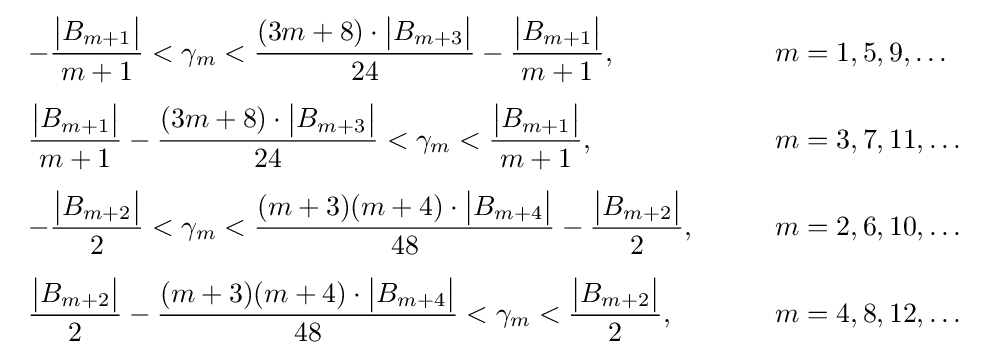
{\begin{array}{ll}\displaystyle -{\frac {{\big |}{B}_{m+1}{\big |}}{m+1}}<\gamma _{m}<{\frac {(3m+8)\cdot {\big |}{B}_{m+3}{\big |}}{24}}-{\frac {{\big |}{B}_{m+1}{\big |}}{m+1}},&m=1,5,9,\ldots \\[12pt]\displaystyle {\frac {{\big |}B_{m+1}{\big |}}{m+1}}-{\frac {(3m+8)\cdot {\big |}B_{m+3}{\big |}}{24}}<\gamma _{m}<{\frac {{\big |}{B}_{m+1}{\big |}}{m+1}},&m=3,7,11,\ldots \\[12pt]\displaystyle -{\frac {{\big |}{B}_{m+2}{\big |}}{2}}<\gamma _{m}<{\frac {(m+3)(m+4)\cdot {\big |}{B}_{m+4}{\big |}}{48}}-{\frac {{\big |}B_{m+2}{\big |}}{2}},\qquad &m=2,6,10,\ldots \\[12pt]\displaystyle {\frac {{\big |}{B}_{m+2}{\big |}}{2}}-{\frac {(m+3)(m+4)\cdot {\big |}{B}_{m+4}{\big |}}{48}}<\gamma _{m}<{\frac {{\big |}{B}_{m+2}{\big |}}{2}},&m=4,8,12,\ldots \\\end{array}}